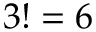
3 ! = 6